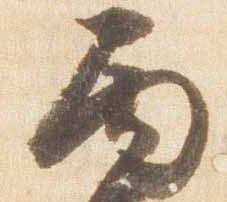
丙